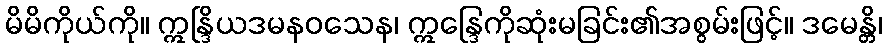
မိမိကိုယ်ကို။ ဣန္ဒြိယဒမနဝသေန၊ ဣန္ဒြေကိုဆုံးမခြင်း၏အစွမ်းဖြင့်။ ဒမေန္တိ၊